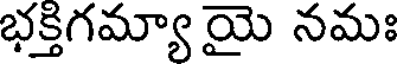
భక్తిగమ్యా యై నమః